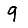
Digit: 9